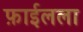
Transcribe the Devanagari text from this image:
फ़ाईलला